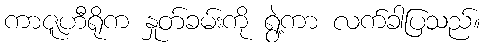
ကာဇူဟီရိုက နှုတ်ခမ်းကို ရွဲ့ကာ လက်ခါပြသည်။